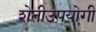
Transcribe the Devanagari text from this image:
शेतीउपयोगी